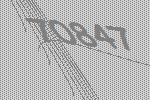
70847